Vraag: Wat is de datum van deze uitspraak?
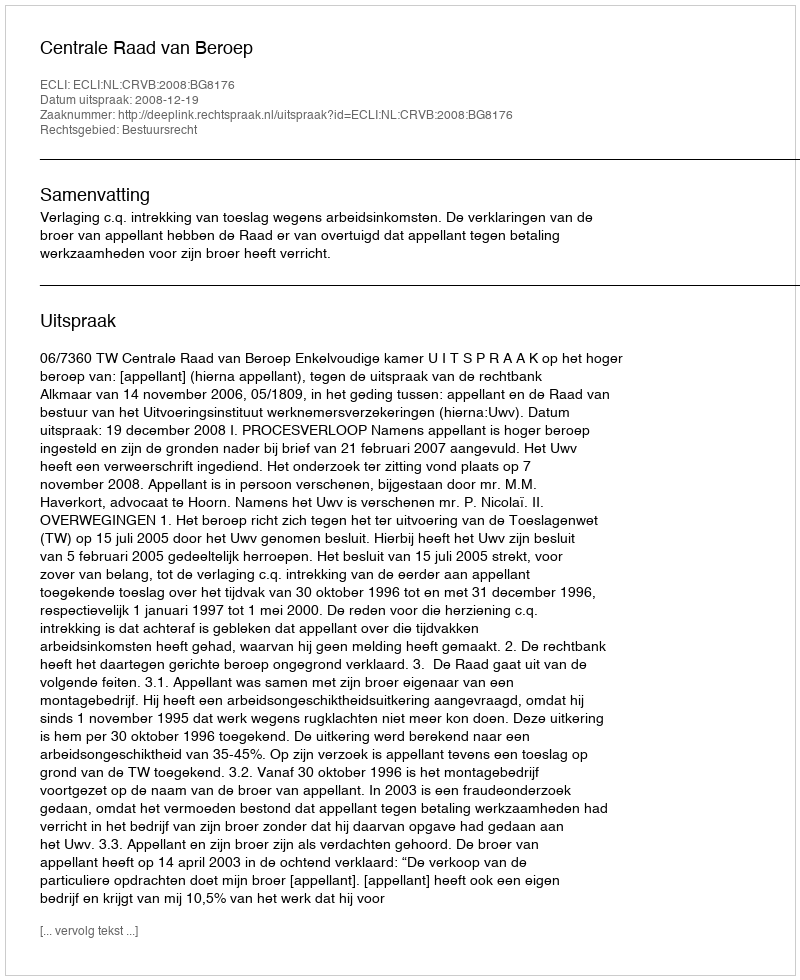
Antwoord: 2008-12-19